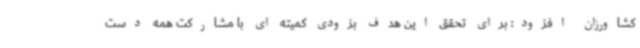
کشاورزان افزود: برای تحقق این هدف بزودی کمیته ای با مشارکت همه دست